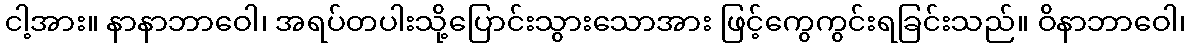
ငါ့အား။ နာနာဘာဝေါ၊ အရပ်တပါးသို့ပြောင်းသွားသောအား ဖြင့်ကွေကွင်းရခြင်းသည်။ ဝိနာဘာဝေါ၊